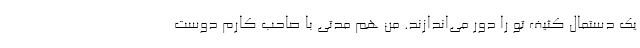
یک دستمال کثیف تو را دور می‌اندازند. من هم مدتی با صاحب کارم دوست